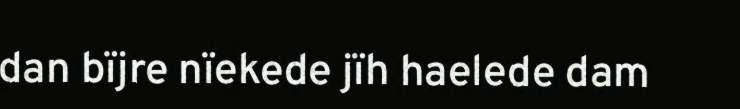
dan bïjre nïekede jïh haelede dam